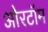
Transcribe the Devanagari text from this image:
औरटॉम